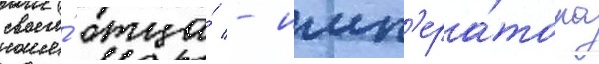
своего́ отца́ - имп'ера́тора